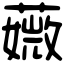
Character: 𦾡